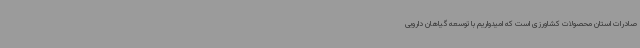
صادرات استان محصولات کشاورزی است که امیدواریم با توسعه گیاهان دارویی